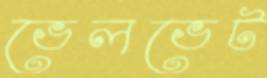
ভেলভেট